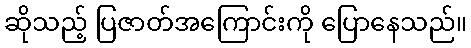
ဆိုသည့် ပြဇာတ်အကြောင်းကို ပြောနေသည်။